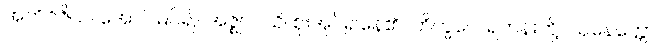
အဘိဝိဇိယ၊ အောင်မြင်၍။ အဇ္ဈာဝသိ၊ စိုးအုပ်၍နေ၏။ ဘိက္ခဝေ၊ ရဟန်းတို့။ သုနေတ္တော၊